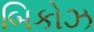
બિકોઝ